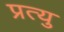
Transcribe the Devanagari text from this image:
प्रत्यु